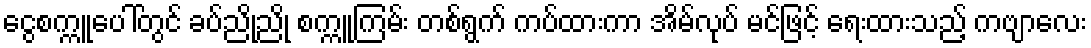
ငွေစက္ကူပေါ်တွင် ခပ်ညိုညို စက္ကူကြမ်း တစ်ရွက် ကပ်ထားကာ အိမ်လုပ် မင်ဖြင့် ရေးထားသည့် ကဗျာလေး